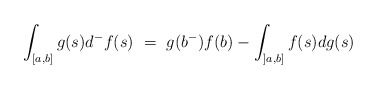
\begin{align*}\int_{[a,b]} g(s) d^-f(s) \ = \ g(b^-) f(b) - \int_{]a,b]} f(s) dg(s)\end{align*}